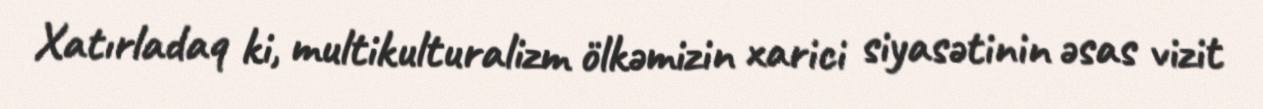
Xatırladaq ki, multikulturalizm ölkəmizin xarici siyasətinin əsas vizit